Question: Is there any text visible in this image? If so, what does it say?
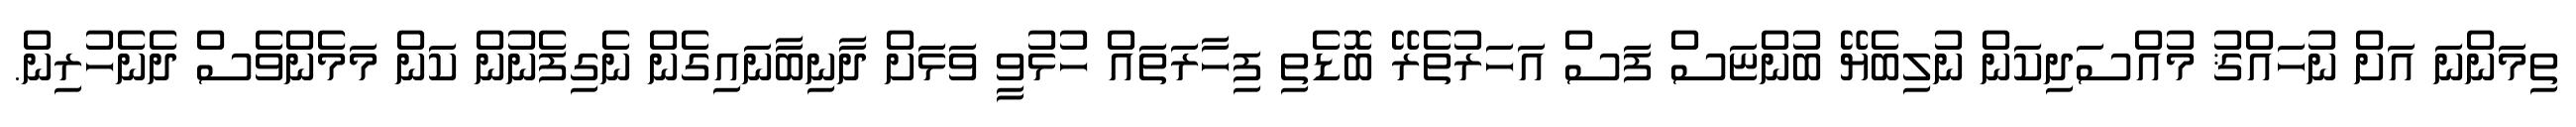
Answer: ތިމަންނަ އަށް ނުހައްޤު މުއްސަދިކަން ނުލިބެޔޭ ބުންޏަސް ފަސް އަހަރުތެރޭ ބޮޑެތި ފިހާރަތައް ހުޅުވީ ވަޅަށް ދާނިބާނައިގެން ނެގިފެނުން ކަން މަމެންވެސް ދެނެހުރިން.